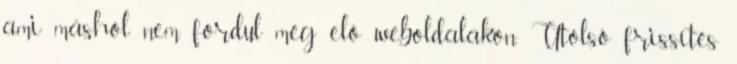
ami máshol nem fordul még elő weboldalakon. Utolsó frissítés